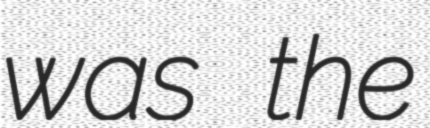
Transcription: was the